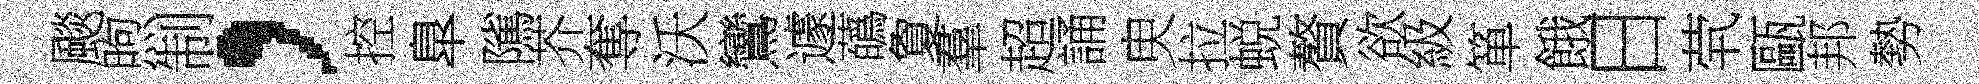
颷煦制，控臯隲芥奪沃鸞遽蘤夐羣超誦㬰拉蜕贅欲級箪餓日茕甌邦勢